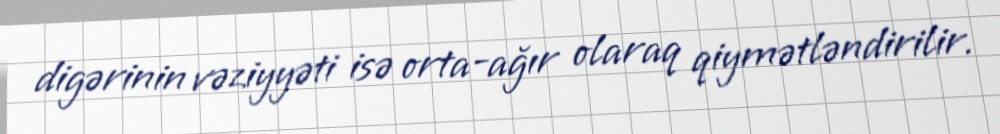
digərinin vəziyyəti isə orta-ağır olaraq qiymətləndirilir.